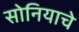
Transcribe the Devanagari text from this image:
सोनियाचे